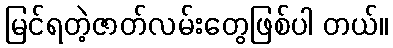
မြင်ရတဲ့ဇာတ်လမ်းတွေဖြစ်ပါ တယ်။